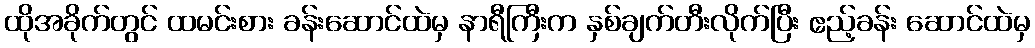
ထိုအခိုက်တွင် ထမင်းစား ခန်းဆောင်ထဲမှ နာရီကြီးက နှစ်ချက်တီးလိုက်ပြီး ဧည့်ခန်း ဆောင်ထဲမှ